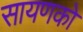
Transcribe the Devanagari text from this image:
सायणको